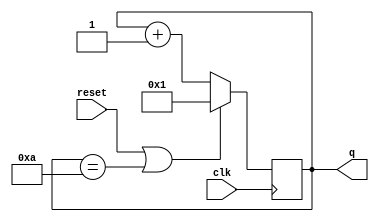
module top_module (
    input clk,
    input reset,
    output [3:0] q);
    
    always @(posedge clk)
        if (reset || q == 10)	
			q <= 1;
		else
			q <= q+1;
endmodule